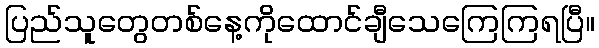
ပြည်သူတွေတစ်နေ့ကိုထောင်ချီသေကြေကြရပြီ။